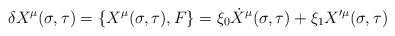
\begin{align*}\delta X^{\mu}(\sigma,\tau)={\lbrace X^{\mu}(\sigma,\tau),F\rbrace}=\xi_{0}\dot{X}^{\mu}(\sigma,\tau)+\xi_{1}X'^{\mu}(\sigma,\tau)\end{align*}